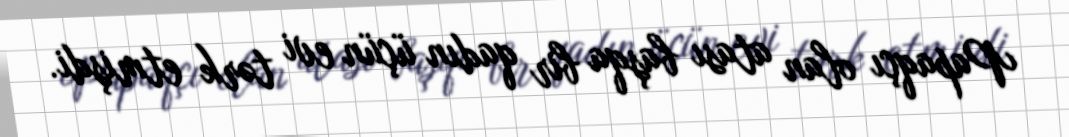
Papaqçı olan atası başqa bir qadın üçün evi tərk etmişdi.